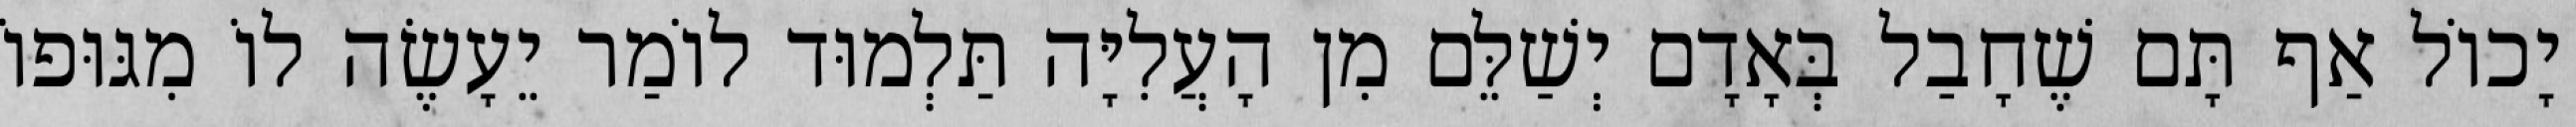
יָכוֹל אַף תָּם שֶׁחָבַל בְּאָדָם יְשַׁלֵּם מִן הָעֲלִיָּה תַּלְמוּד לוֹמַר יֵעָשֶׂה לוֹ מִגּוּפוֹ